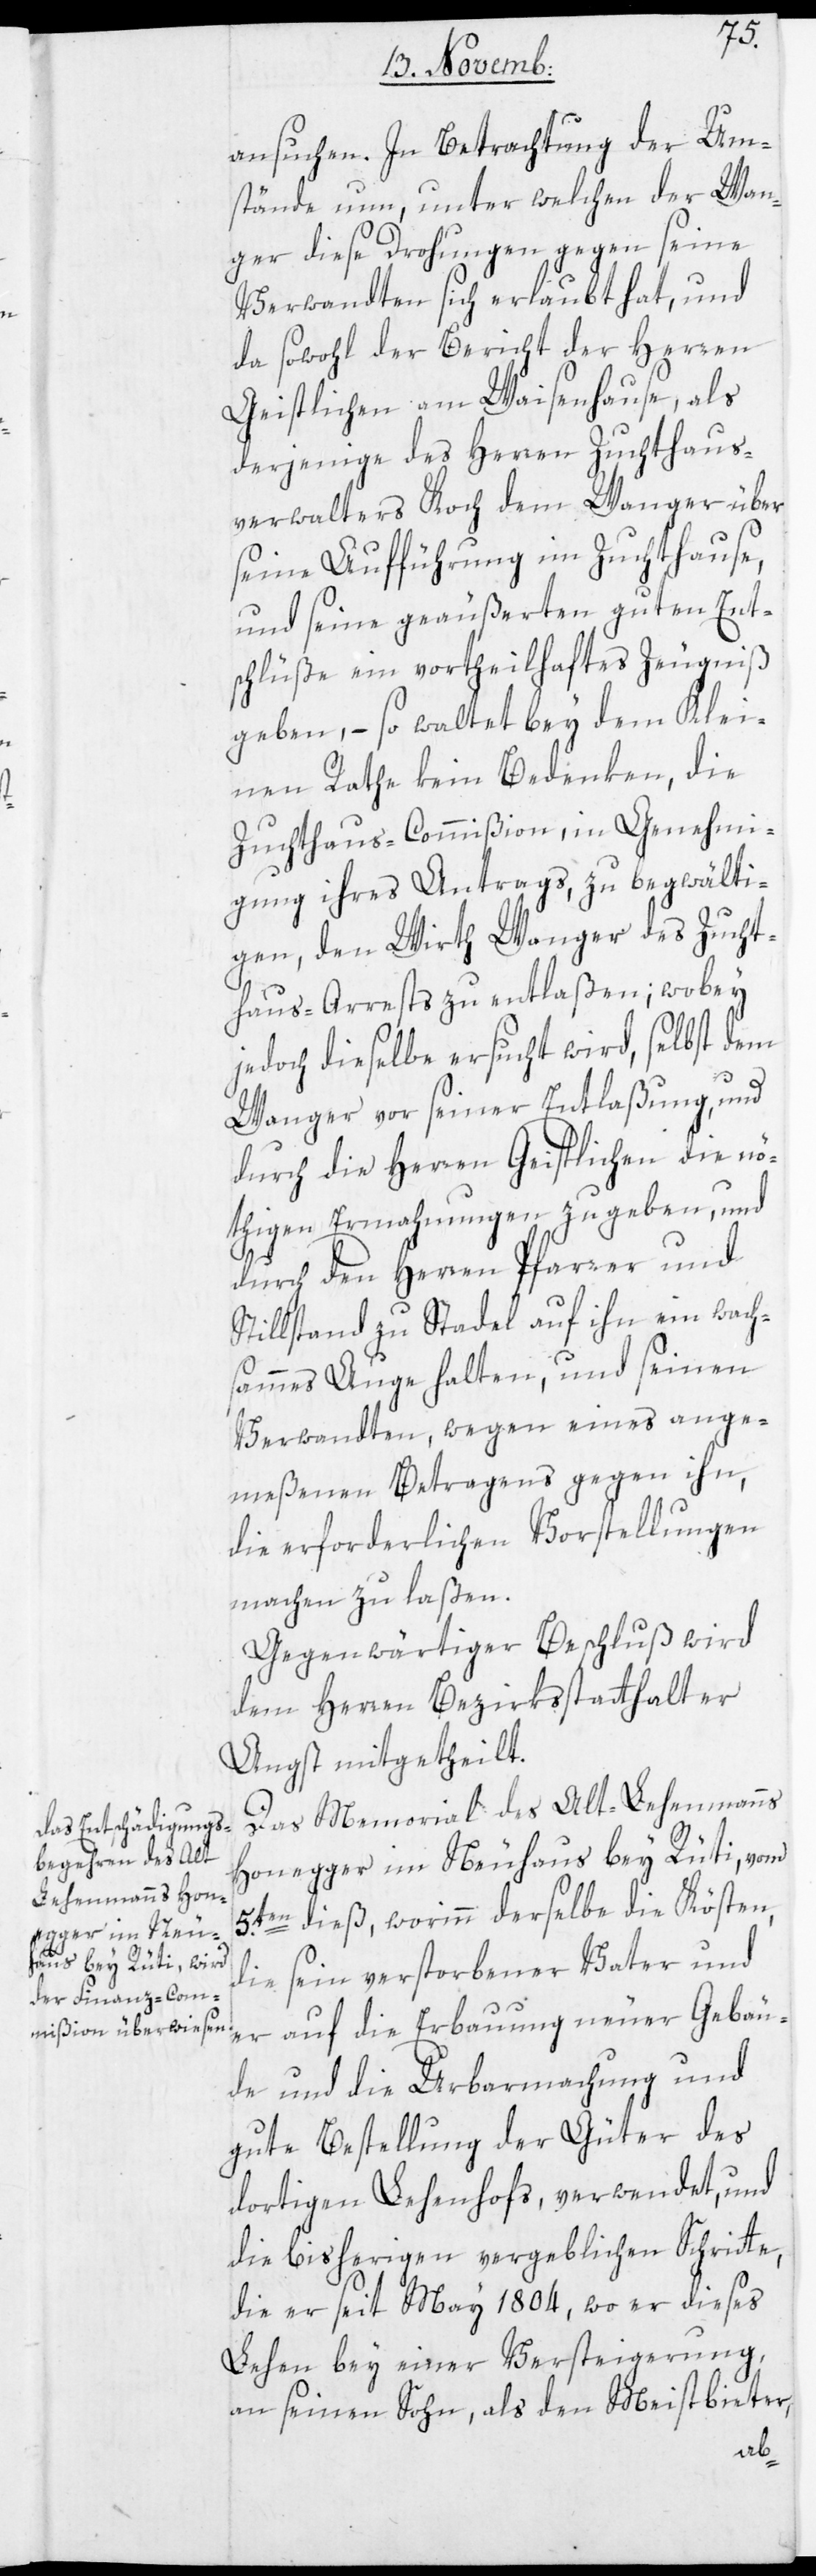
ansuchen. In Betrachtung der Um¬
stände nun, unter welchen der Wan¬
ger diese Drohungen gegen seine
Verwandten sich erlaubt hat, und
da sowohl der Bericht der Herren
Geistlichen am Waisenhause, als
derjenige des Herren Zuchthaus¬
verwalters Koch dem Wanger über
seine Aufführung im Zuchthause,
und seine geäußerten guten Ent¬
schlüße ein vortheilhaftes Zeugniß
geben, – so waltet bey dem Klei¬
nen Rathe kein Bedenken, die
Zuchthaus-Commißion, in Genehmi¬
gung ihres Antrags, zu begwälti¬
gen, den Wirth Wanger des Zucht¬
haus-Arrests zu entlaßen; wobey
jedoch dieselbe ersucht wird, selbst dem
Wanger vor seiner Entlaßung und
durch die Herren Geistlichen die nö¬
thigen Ermahnungen zu geben, und
durch den Herren Pfarrer und
Stillstand zu Stadel auf ihn ein wach¬
sammes Auge halten, und seinen
Verwandten, wegen eines ange¬
meßenen Betragens gegen ihn,
die erforderlichen Vorstellungen
machen zu laßen.
Gegenwärtiger Beschluß wird
dem Herren Bezirksstatthalter
Angst mitgetheilt.
Das Memorial des Alt-Lehenmanns
Honegger im Neuhaus bey Rüti, vom
5.ten dieß, worinn derselbe die Kösten,
die sein verstorbener Vater und
er auf die Erbauung neuer Gebäu¬
de und die Urbarmachung und
gute Bestellung der Güter des
dortigen Lehenhofs, verwendet, und
die bisherigen vergeblichen Schritte,
die er seit May 1804, wo er dieses
Lehen bey einer Versteigerung,
an seinen Sohn, als den Meistbieter,